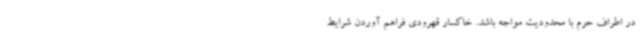
در اطراف حرم با محدودیت‌ مواجه باشد. خاکسار قهرودی فراهم آوردن شرایط